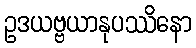
ဥဒယဗ္ဗယာနုပဿိနော